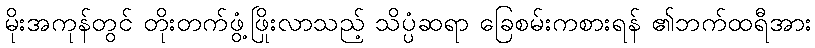
မိုးအကုန်တွင် တိုးတက်ဖွံ့ဖြိုးလာသည့် သိပ္ပံဆရာ ခြေစမ်းကစားရန် ၏ဘက်ထရီအား